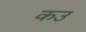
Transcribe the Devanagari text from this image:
कउ